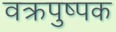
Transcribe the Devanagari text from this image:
वक्रपुष्पक